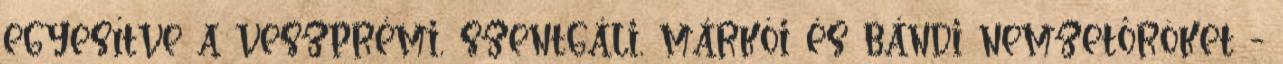
egyesítve a veszprémi, szentgáli, márkói és bándi nemzetőröket -